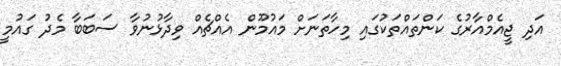
އަދި ޖީއެމްއާރުގެ ކަންތައްތަކުގައި މިހާތަނަށް މައުމޫން އެއްޗެއް ވިދާޅުނުވާ ސަބަބާ މެދު ގައުމީ